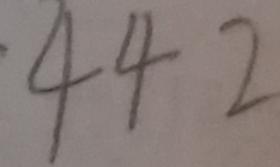
4 4 2